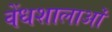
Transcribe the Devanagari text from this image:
वेंधशालाओं